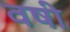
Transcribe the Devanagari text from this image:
वषी